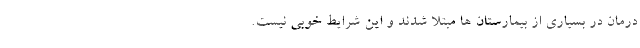
درمان در بسیاری از بیمارستان ها مبتلا شدند و این شرایط خوبی نیست.